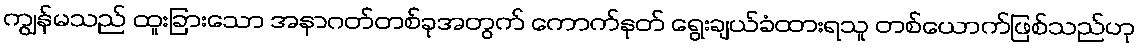
ကျွန်မသည် ထူးခြားသော အနာဂတ်တစ်ခုအတွက် ကောက်နုတ် ရွေးချယ်ခံထားရသူ တစ်ယောက်ဖြစ်သည်ဟု